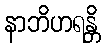
နာဘိဟရန္တိ